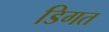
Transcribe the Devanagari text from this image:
डिगत